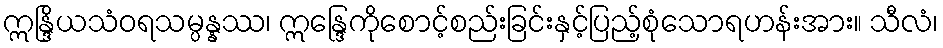
ဣန္ဒြိယသံဝရသမ္ပန္နဿ၊ ဣန္ဒြေကိုစောင့်စည်းခြင်းနှင့်ပြည့်စုံသောရဟန်းအား။ သီလံ၊